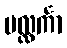
ပလ္လင်္ကာ